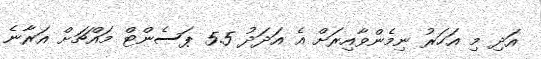
އަދި މި އަހަރު ނިމެންވާއިރަށް އެ އަދަދު 5.5 ޕަސެންޓް މައްޗަށް އަރާނެ